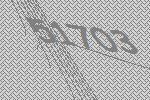
51703